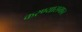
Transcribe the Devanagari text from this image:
करण्यासमान